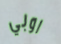
اوبي